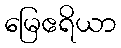
မြေဧရိယာ